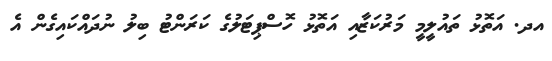
އދ. އަތޮޅު ތައުލީމީ މަރުކަޒާއި އަތޮޅު ހޮސްޕިޓަލުގެ ކަރަންޓު ބިލު ނުދައްކައިގެން އެ